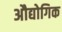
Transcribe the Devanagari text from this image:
अौद्योगिक